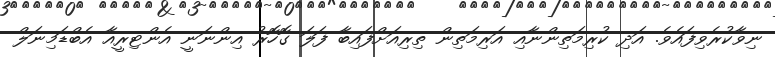
ނިވާކުރެވިފައެވެ. އަދި ކުރިމަތިންނާއި އަރިމަތިން ތިރިއަށްފައިބާ ފަލަ ގޮހޮރު އިންނަނީ އެންޓިރީއާ އެބްޑަމިނަލް